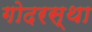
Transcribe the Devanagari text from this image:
गोदरस्था